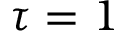
\tau = 1